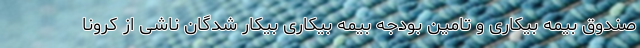
صندوق بیمه بیکاری و تامین بودجه بیمه بیکاری بیکار شدگان ناشی از کرونا